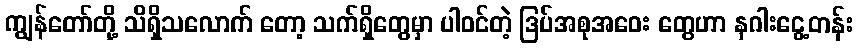
ကျွန်တော်တို့ သိရှိသလောက် တော့ သက်ရှိတွေမှာ ပါဝင်တဲ့ ဒြပ်အစုအဝေး တွေဟာ နဂါးငွေ့တန်း